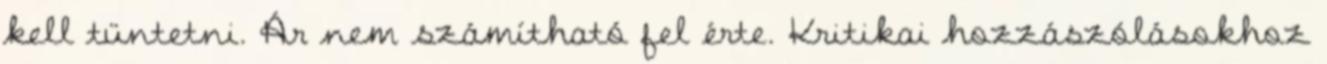
kell tüntetni. Ár nem számítható fel érte. Kritikai hozzászólásokhoz